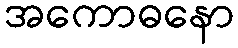
အကောဓနော